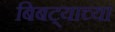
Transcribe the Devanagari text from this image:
बिबट्याच्या